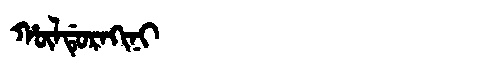
Manchu: ᡥᡡᠯᡩᡠᡵᠠᡴᡳᠨᡳ
Romanization: HŪLDURAKINI